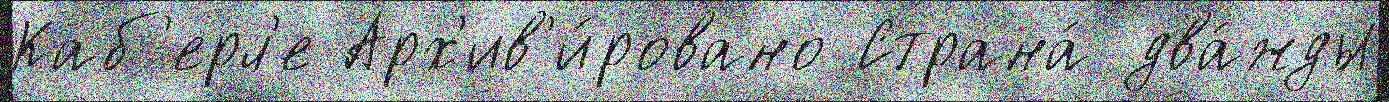
Каб'ерл'е Арх'ив'и́ровано Страна́ два́жды